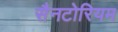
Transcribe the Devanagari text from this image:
सैनटोरियम